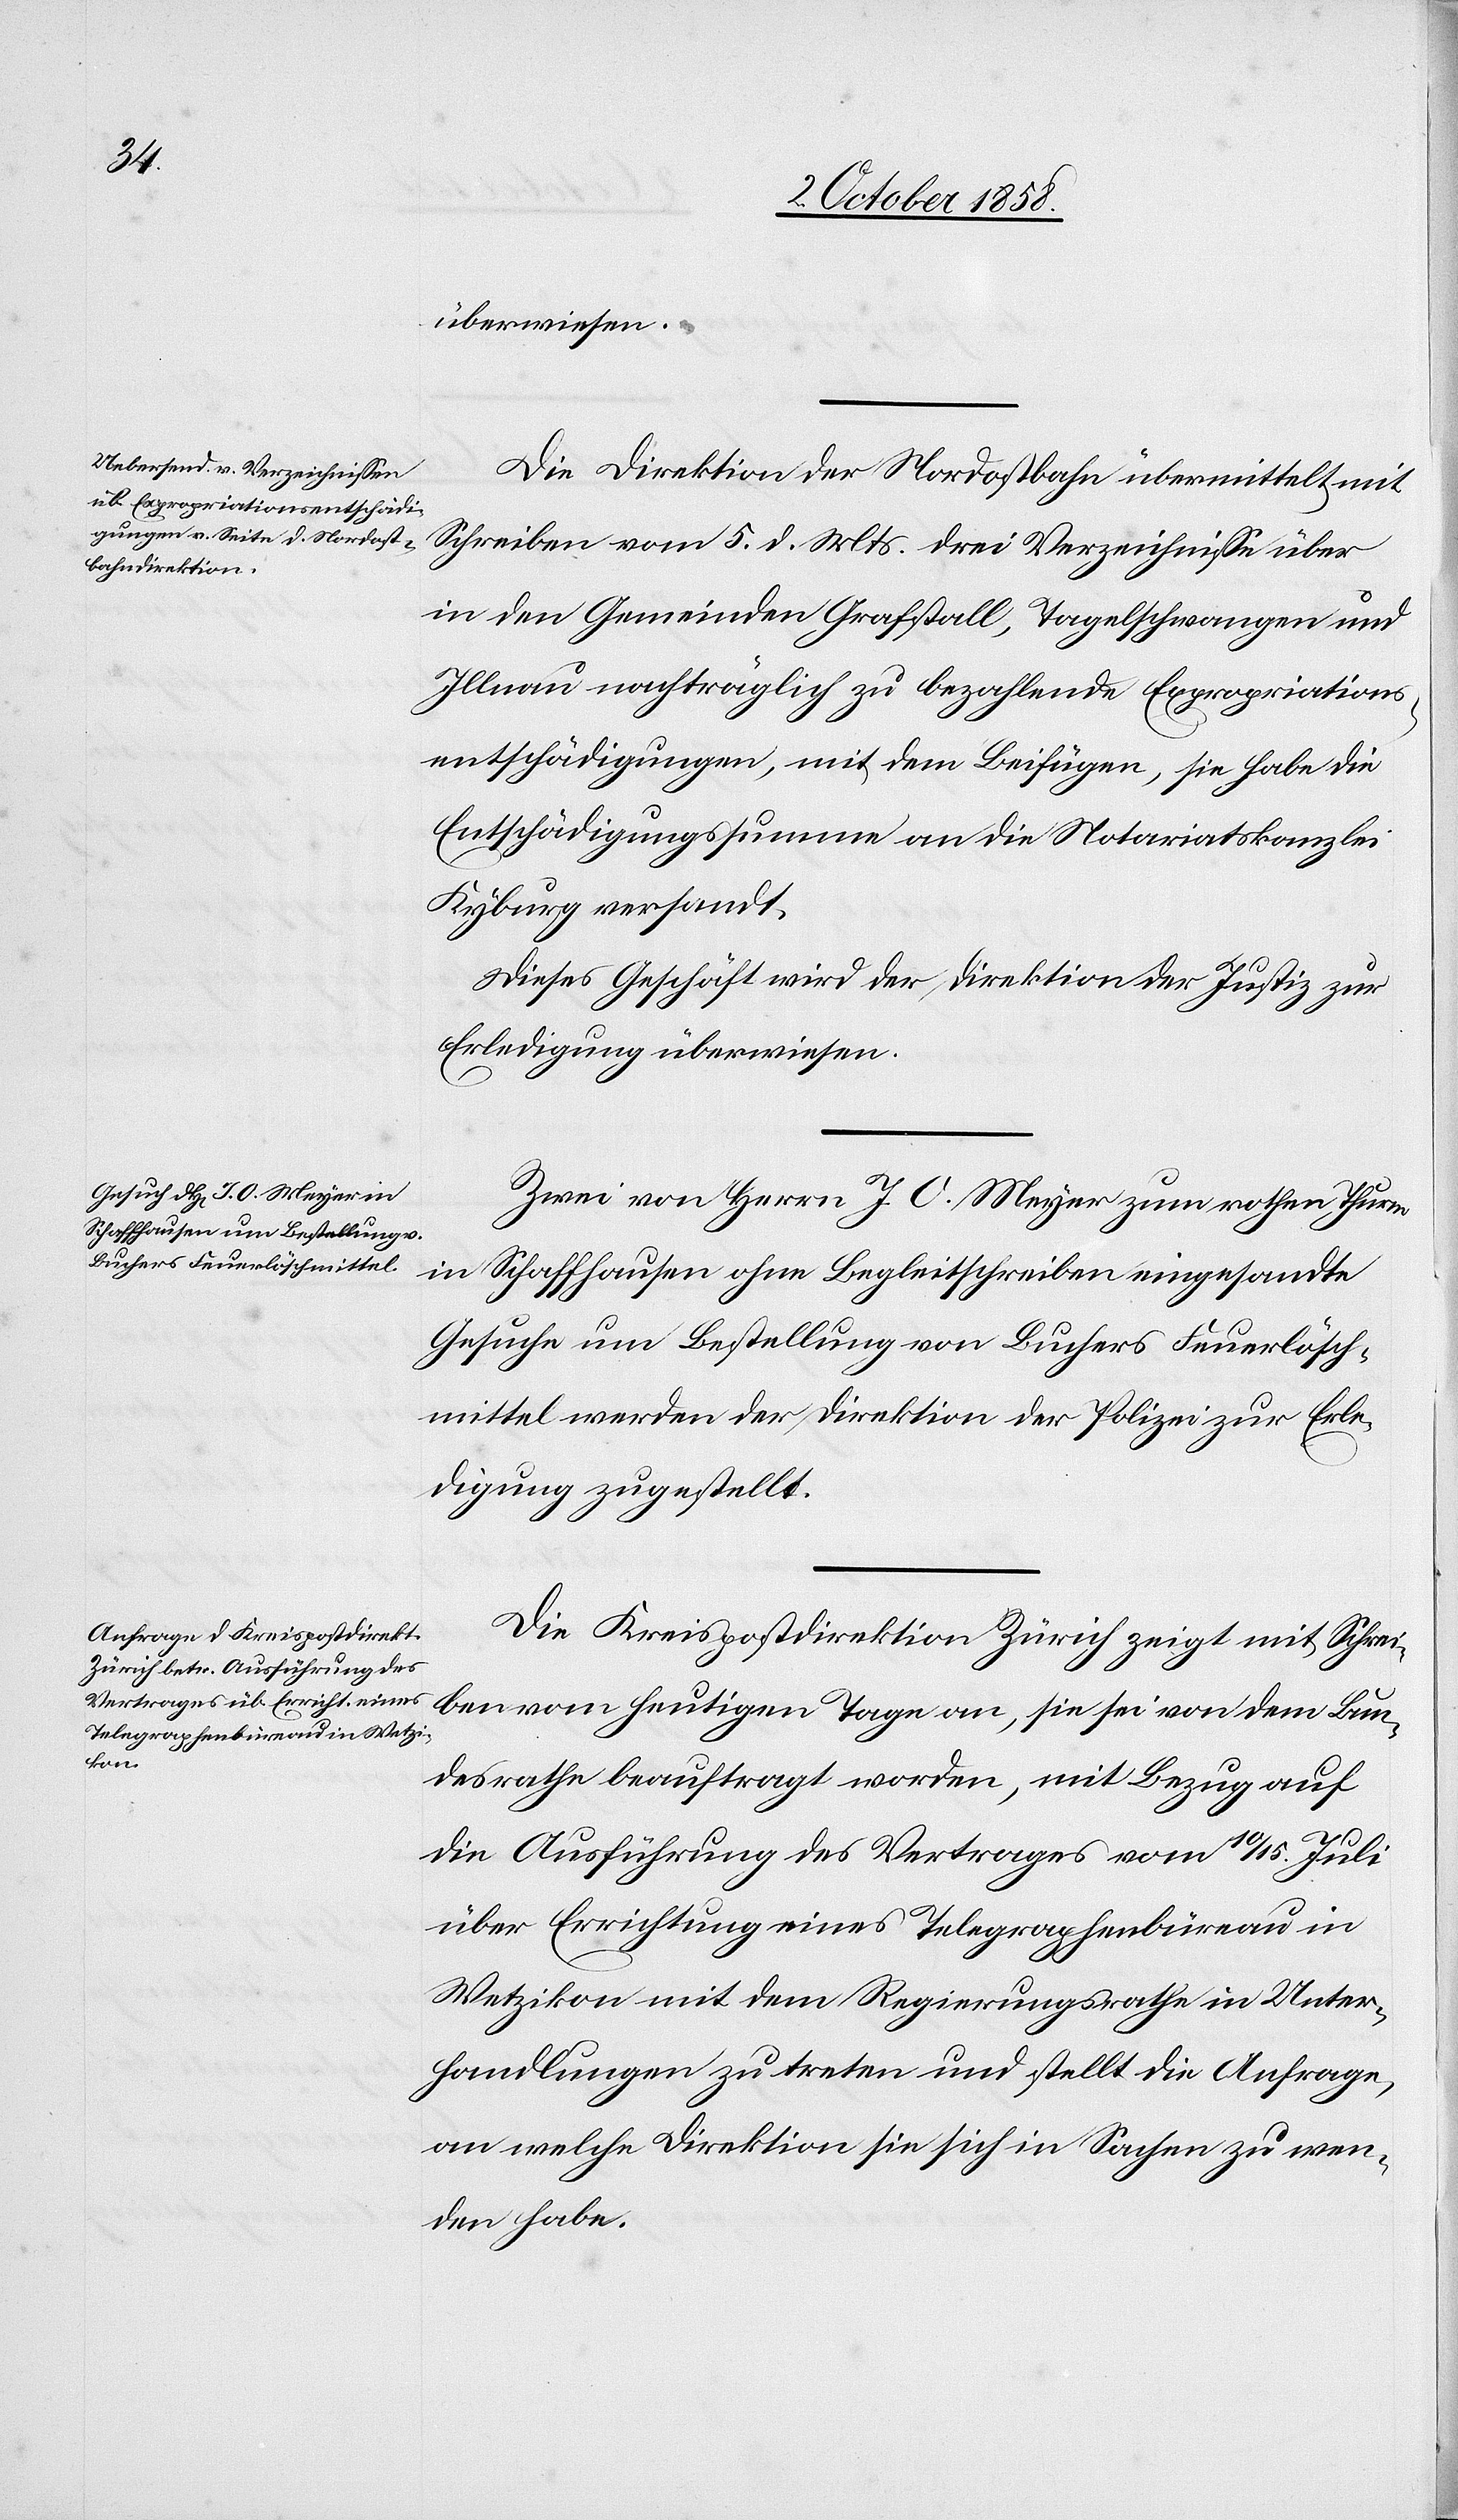
den

6. Octob. 1858.]
überwiesen.
Die Direktion der Nordostbahn übermittelt mit
Schreiben vom 5. d. Mts. drei Verzeichnisse über
in den Gemeinden Grafstall, Tagelschwangen und
Illnau nachträglich zu bezahlende Expropriations¬
entschädigungen, mit dem Beifügen, sie habe die
Entschädigungssumme an die Notariatskanzlei
Kyburg versandt.
Dieses Geschäft wird der Direktion der Justiz zur
Erledigung überwiesen.
Zwei von Herrn J. O. Meyer zum rothen Thurm
in Schaffhausen ohne Begleitschreiben eingesandte
Gesuche um Bestellung von Buchers Feuerlösch¬
mittel werden der Direktion der Polizei zur Erle¬
digung zugestellt.
Die Kreispostdirektion Zürich zeigt mit Schrei¬
ben vom heutigen Tage an, sie sei von dem Bun¬
desrathe beauftragt worden, mit Bezug auf
die Ausführung des Vertrages vom 10 / 15. Juli
über Errichtung eines Telegraphenbüreau in
Wetzikon mit dem Regierungsrathe in Unter¬
handlungen zu treten und stellt die Anfrage,
an welche Direktion sie sich in Sachen zu wen¬
den habe.